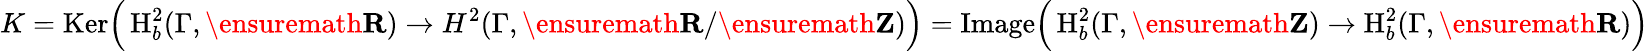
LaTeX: K=\mathrm{Ker}\Big(\operatorname{H}_{b}^{2}(\Gamma,\ensuremath{\mathbf{R}})\to H^{2}(\Gamma,\ensuremath{\mathbf{R}}/\ensuremath{\mathbf{Z}})\Big)=\mathrm\Big(\operatorname{H}_{b}^{2}(\Gamma,\ensuremath{\mathbf{Z}})\to\operatorname{H}_{b}^{2}(\Gamma,\ensuremath{\mathbf{R}})\Big)